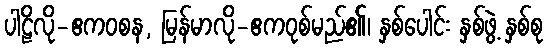
ပါဠိလို-ဧကဝစန, မြန်မာလို-ဧကဝုစ်မည်၏၊ နှစ်ပေါင်း နှစ်ဖွဲ့ နှစ်စု